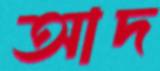
আদ